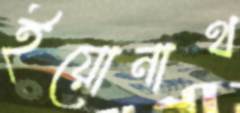
ইয়োনাথ